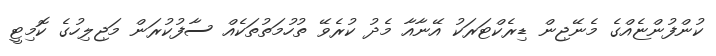
ކުންފުންޏެއްގެ މެނޭޖިން ޑިރެކްޓަރަކު އޭނާއާ މެދު ކުރެވޭ ތުހުމަތުތަކެއް ސާފުކުރަން މަޖިލިހުގެ ކޮމިޓީ